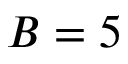
B = 5